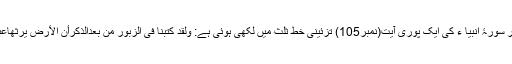
مشرقی دیوار پر سورۂ انبیا ء کی ایک پوری آیت(نمبر105) تزئینی خط ثلث میں لکھی ہوئی ہے: وَلَقَدْ کَتَبْنَا فی الزَّبُورِ مِنْ بَعْدِالذَّکْرِأَنَّ الْأَرْضَ یَرِثُھَاعِبَادیَ الصَّالِحُونَ۔